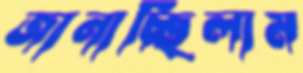
জানাচ্ছিলাম